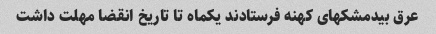
عرق بیدمشکهای کهنه فرستادند یکماه تا تاریخ انقضا مهلت داشت